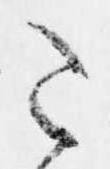
こ